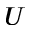
U